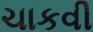
ચાકવી